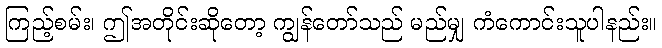
ကြည့်စမ်း၊ ဤအတိုင်းဆိုတော့ ကျွန်တော်သည် မည်မျှ ကံကောင်းသူပါနည်း။